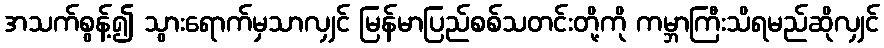
အသက်စွန့်၍ သွားရောက်မှသာလျှင် မြန်မာပြည်စစ်သတင်းတို့ကို ကမ္ဘာကြီးသိရမည်ဆိုလျှင်